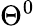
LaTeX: \Theta^{0}